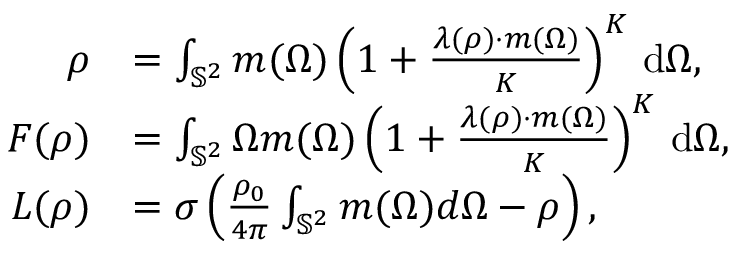
\begin{array} { r l } { \boldsymbol { \rho } } & { = \int _ { \mathbb { S } ^ { 2 } } \boldsymbol { m } ( \Omega ) \left( 1 + \frac { \boldsymbol { \lambda } ( \boldsymbol { \rho } ) \cdot \boldsymbol { m } ( \Omega ) } { K } \right) ^ { K } \, \mathrm { d } \Omega , } \\ { \boldsymbol { F } ( \boldsymbol { \rho } ) } & { = \int _ { \mathbb { S } ^ { 2 } } \Omega \boldsymbol { m } ( \Omega ) \left( 1 + \frac { \boldsymbol { \lambda } ( \boldsymbol { \rho } ) \cdot \boldsymbol { m } ( \Omega ) } { K } \right) ^ { K } \, \mathrm { d } \Omega , } \\ { \boldsymbol { L } ( \boldsymbol { \rho } ) } & { = \sigma \left( \frac { \rho _ { 0 } } { 4 \pi } \int _ { \mathbb { S } ^ { 2 } } \boldsymbol { m } ( \Omega ) d \Omega - \boldsymbol { \rho } \right) , } \end{array}